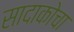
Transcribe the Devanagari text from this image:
सादाकोचा